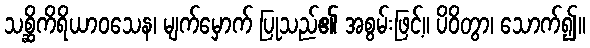
သစ္ဆိကိရိယာဝသေန၊ မျက်မှောက် ပြုသည်၏ အစွမ်းဖြင့်။ ပိဝိတွာ၊ သောက်၍။